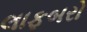
લાફબરો